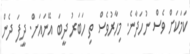
ކަމަކަށް ވެސް ނުހަދާނެ. މިހާރުވެސް ތި ހަބަރު ދީބަ އޭނައަށް. ދީފަ ދެން